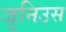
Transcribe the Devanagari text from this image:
जुनिउस